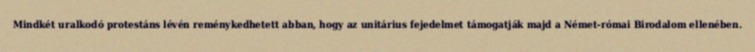
Mindkét uralkodó protestáns lévén reménykedhetett abban, hogy az unitárius fejedelmet támogatják majd a Német-római Birodalom ellenében.